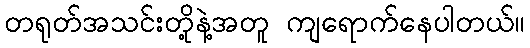
တရုတ်အသင်းတို့နဲ့အတူ ကျရောက်နေပါတယ်။